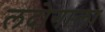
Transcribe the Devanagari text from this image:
लदोगाला